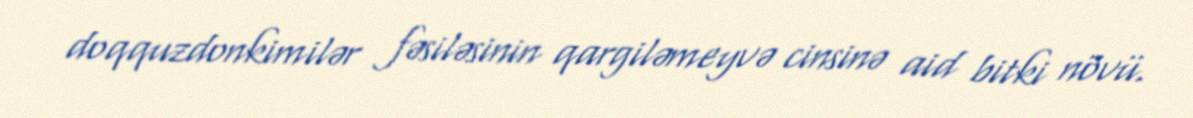
doqquzdonkimilər fəsiləsinin qargiləmeyvə cinsinə aid bitki növü.